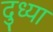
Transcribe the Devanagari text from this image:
दुध्या